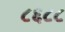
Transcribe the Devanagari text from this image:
८६८८